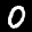
Label: 0